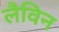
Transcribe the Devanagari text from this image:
लैविन